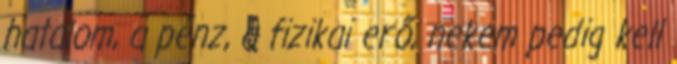
hatalom, a pénz, a fizikai erő, nekem pedig kell